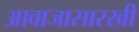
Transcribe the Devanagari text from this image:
आवाजासारखी